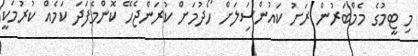
މި ޓީމުގެ މެމްބަރުން ރަށު ކައުންސިަލަށް ހޯދުމަށް ކުރަންޖެހޭ ކޮންމެފަދަ ކަމެއް ކުރުމަކީ